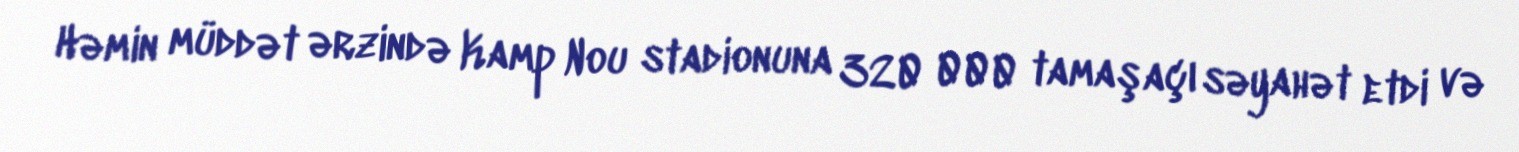
Həmin müddət ərzində Kamp Nou stadionuna 320 000 tamaşaçı səyahət etdi və